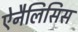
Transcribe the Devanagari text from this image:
ऐनैलिसिस